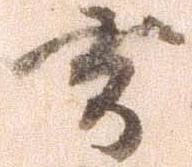
去